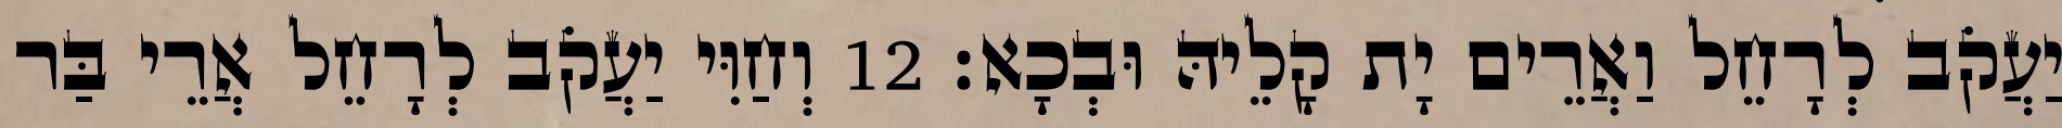
יַעֲקֹב לְרָחֵל וַאֲרֵים יָת קָלֵיהּ וּבְכָא׃ 12 וְחַוִּי יַעֲקֹב לְרָחֵל אֲרֵי בַּר